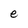
Character: e